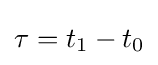
\tau =t_{1}-t_{0}